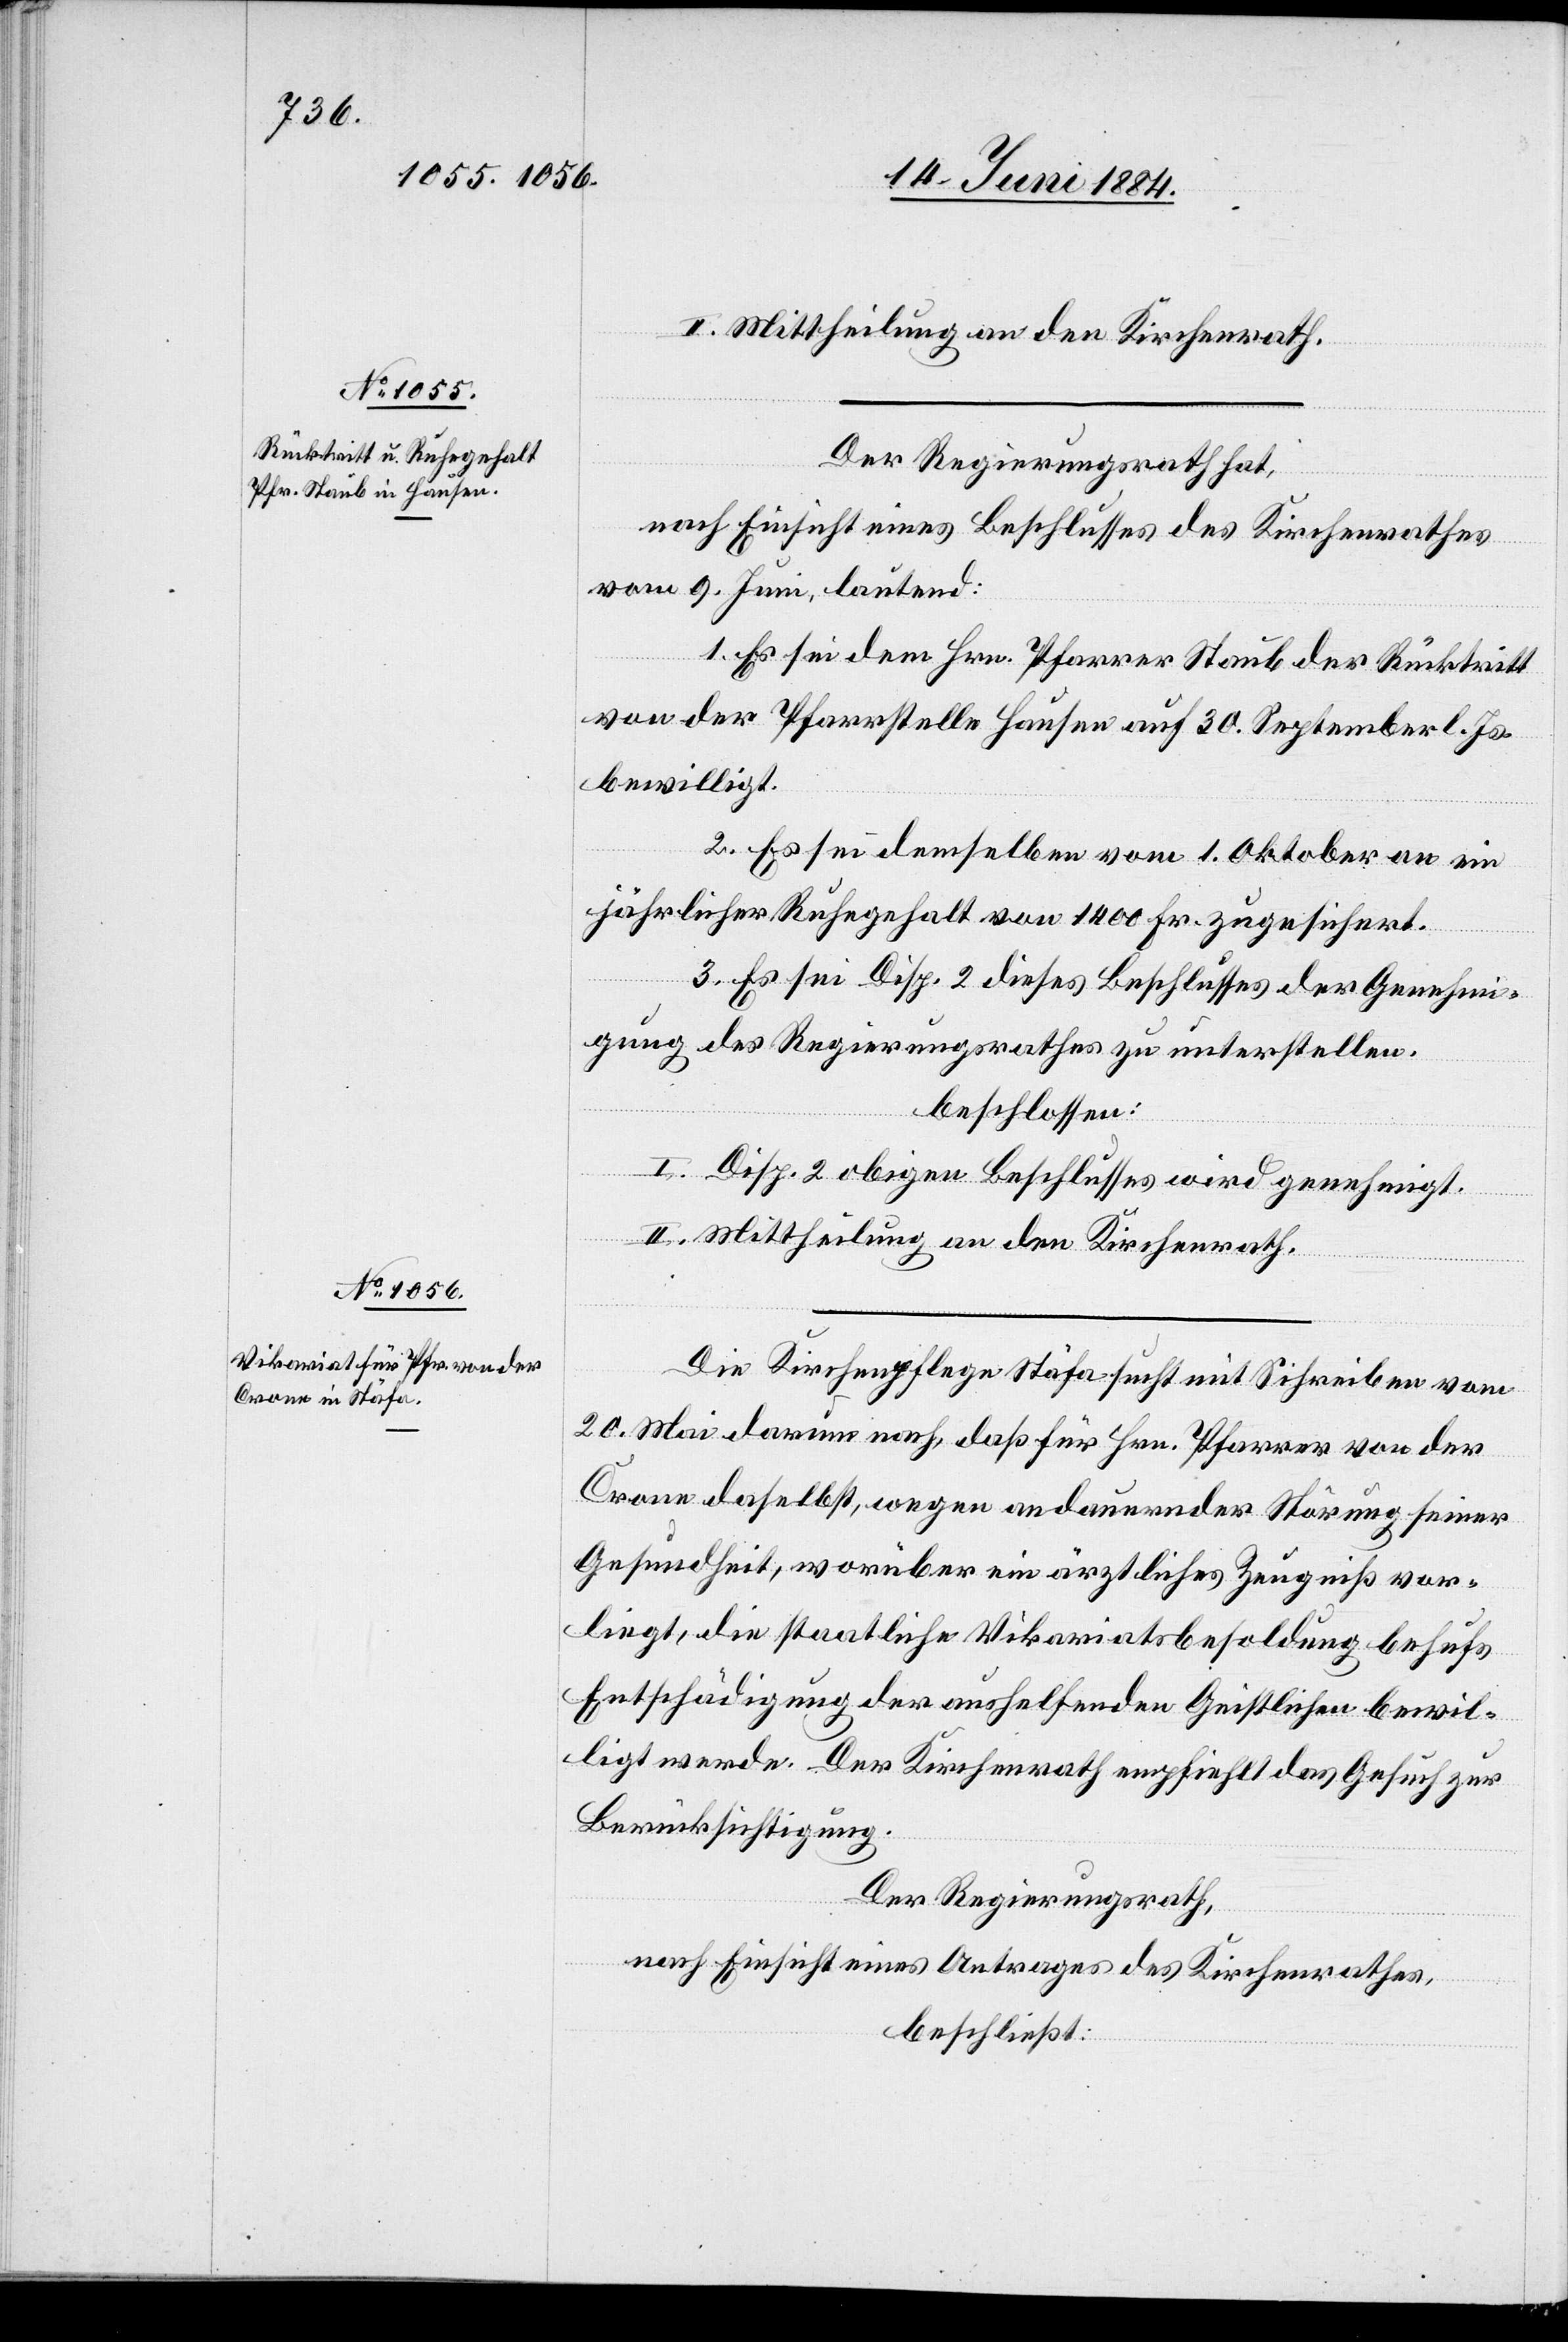
II. Mittheilung an den Kirchenrath.
Der Regierungsrath hat,
nach Einsicht eines Beschlusses des Kirchenrathes
vom 9. Juni, lautend:
1. Es sei dem Hrn. Pfarrer Staub der Rücktritt
von der Pfarrstelle Hausen auf 30. September l. Js.
bewilligt.
2. Es sei demselben vom 1. Oktober an ein
jährlicher Ruhegehalt von 1400 Fr. zugesichert.
3. Es sei Disp. 2 dieses Beschlusses der Genehmi¬
gung des Regierungsrathes zu unterstellen.
beschlossen:
I. Disp. 2 obigen Beschlusses wird genehmigt.
II. Mittheilung an den Kirchenrath.
Die Kirchenpflege Stäfa sucht mit Schreiben vom
20. Mai darum nach, daß für Hrn. Pfarrer von der
Crone daselbst, wegen andauernder Störung seiner
Gesundheit, worüber ein ärztliches Zeugniß vor¬
liegt, die staatliche Vikariatsbesoldung behufs
Entschädigung der aushelfenden Geistlichen bewil¬
ligt werde. Der Kirchenrath empfiehlt das Gesuch zur
Berücksichtigung.
Der Regierungsrath,
nach Einsicht eines Antrages des Kirchenrathes,
beschließt: